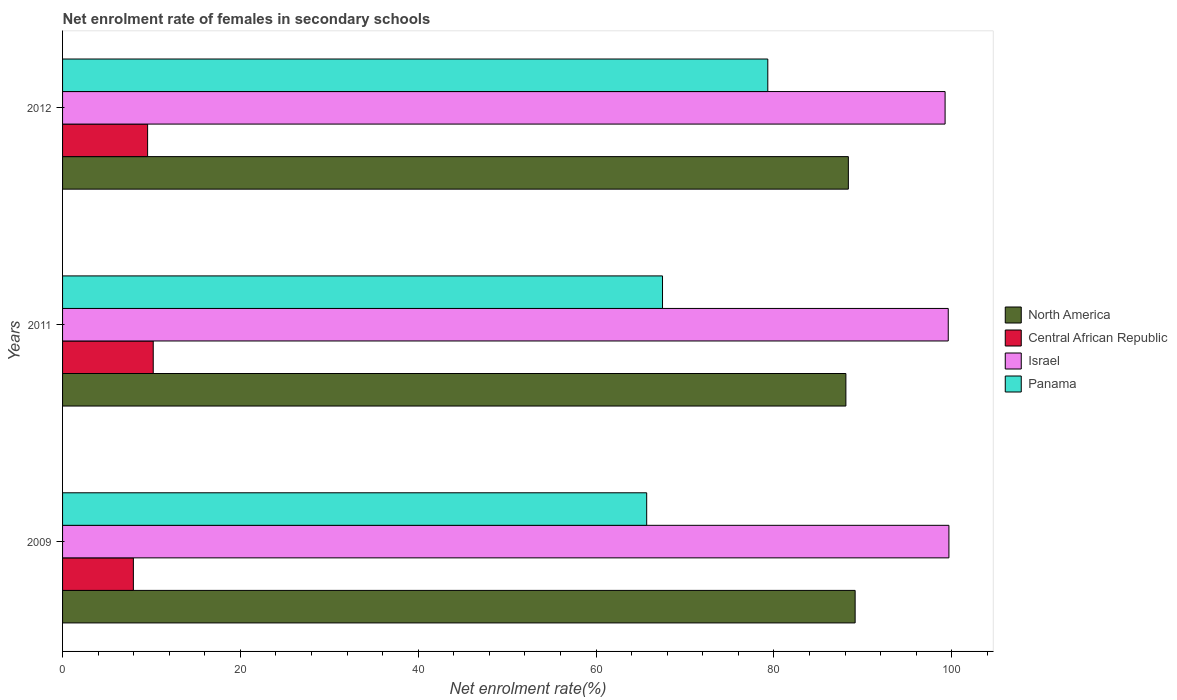
| Years | North America | Central African Republic | Israel | Panama |
 | --- | --- | --- | --- | --- |
 | 2009 | 89.1 | 7.96 | 99.7 | 65.7 |
 | 2011 | 88.1 | 10.2 | 99.6 | 67.5 |
 | 2012 | 88.4 | 9.57 | 99.3 | 79.3 |